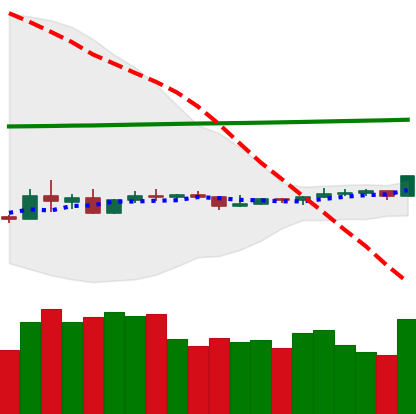
Ticker: ETC-USD
Chart end date: 2020-04-06
Forward return: -5.536%
Label: down_5_7